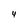
Character: 4